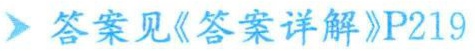
答案见《答案详解》P219